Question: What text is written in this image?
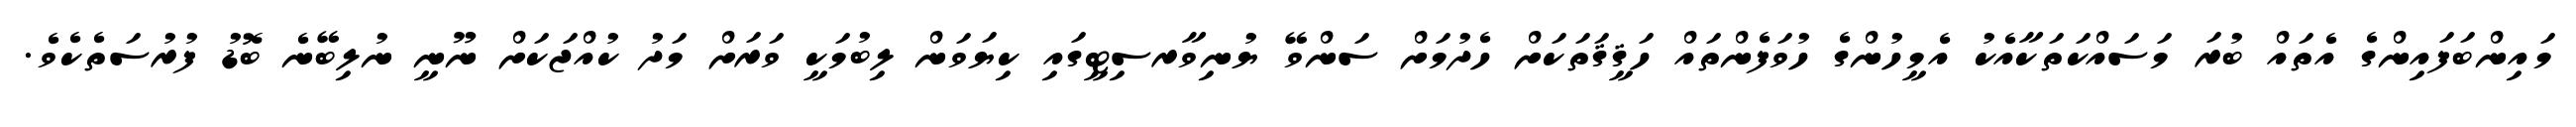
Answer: މައިންބަފައިންގެ އެތައް ބުރަ މަސައްކަތަކާއެކު އެމީހުންގެ ހުވަފެންތައް ހަޤީޤަތަކަށް ހެދުމަށް ސަންވޭ ޔުނިވާރސިޓީގައި ކިޔަވަން ލިބުމަކީ ވަރަށް މަދު ކުއްޖަކަށް ނޫނީ ނުލިބޭނެ ބޮޑު ފުރުސަތެކެވެ.